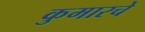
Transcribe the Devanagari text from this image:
कुमारचे